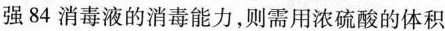
强84消毒液的消毒能力，则需用浓硫酸的体积